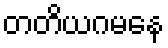
တတိယဂမနေ